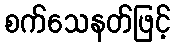
စက်သေနတ်ဖြင့်